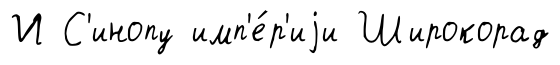
И С'инопу имп'е́р'иjи Широкорад